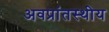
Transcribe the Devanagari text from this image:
अवप्रांतस्थीय